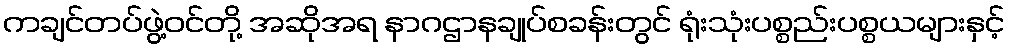
ကချင်တပ်ဖွဲ့ဝင်တို့ အဆိုအရ နာဂဌာနချုပ်စခန်းတွင် ရုံးသုံးပစ္စည်းပစ္စယများနှင့်